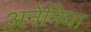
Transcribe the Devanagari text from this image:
अनेमिया